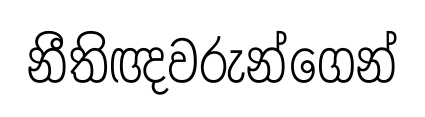
නීතිඥවරුන්ගෙන්